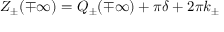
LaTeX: Z _ { \pm } ( \mp \infty ) = { \cal Q } _ { \pm } ( \mp \infty ) + \pi \delta + 2 \pi k _ { \pm }